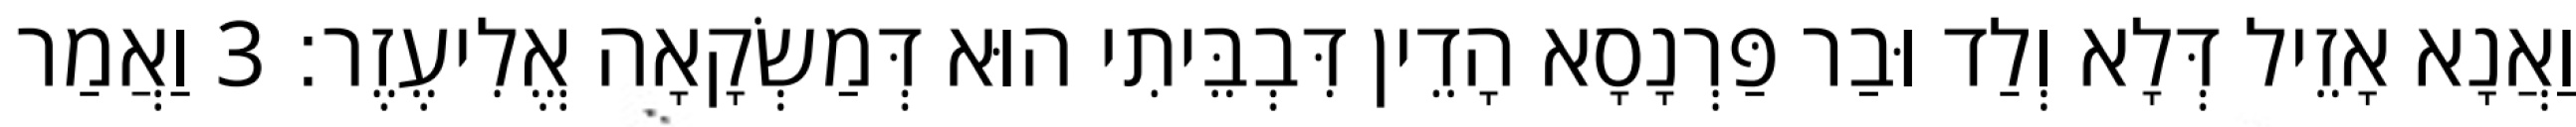
וַאֲנָא אָזֵיל דְּלָא וְלַד וּבַר פַּרְנָסָא הָדֵין דִּבְבֵּיתִי הוּא דְּמַשְׂקָאָה אֱלִיעֶזֶר׃ 3 וַאֲמַר